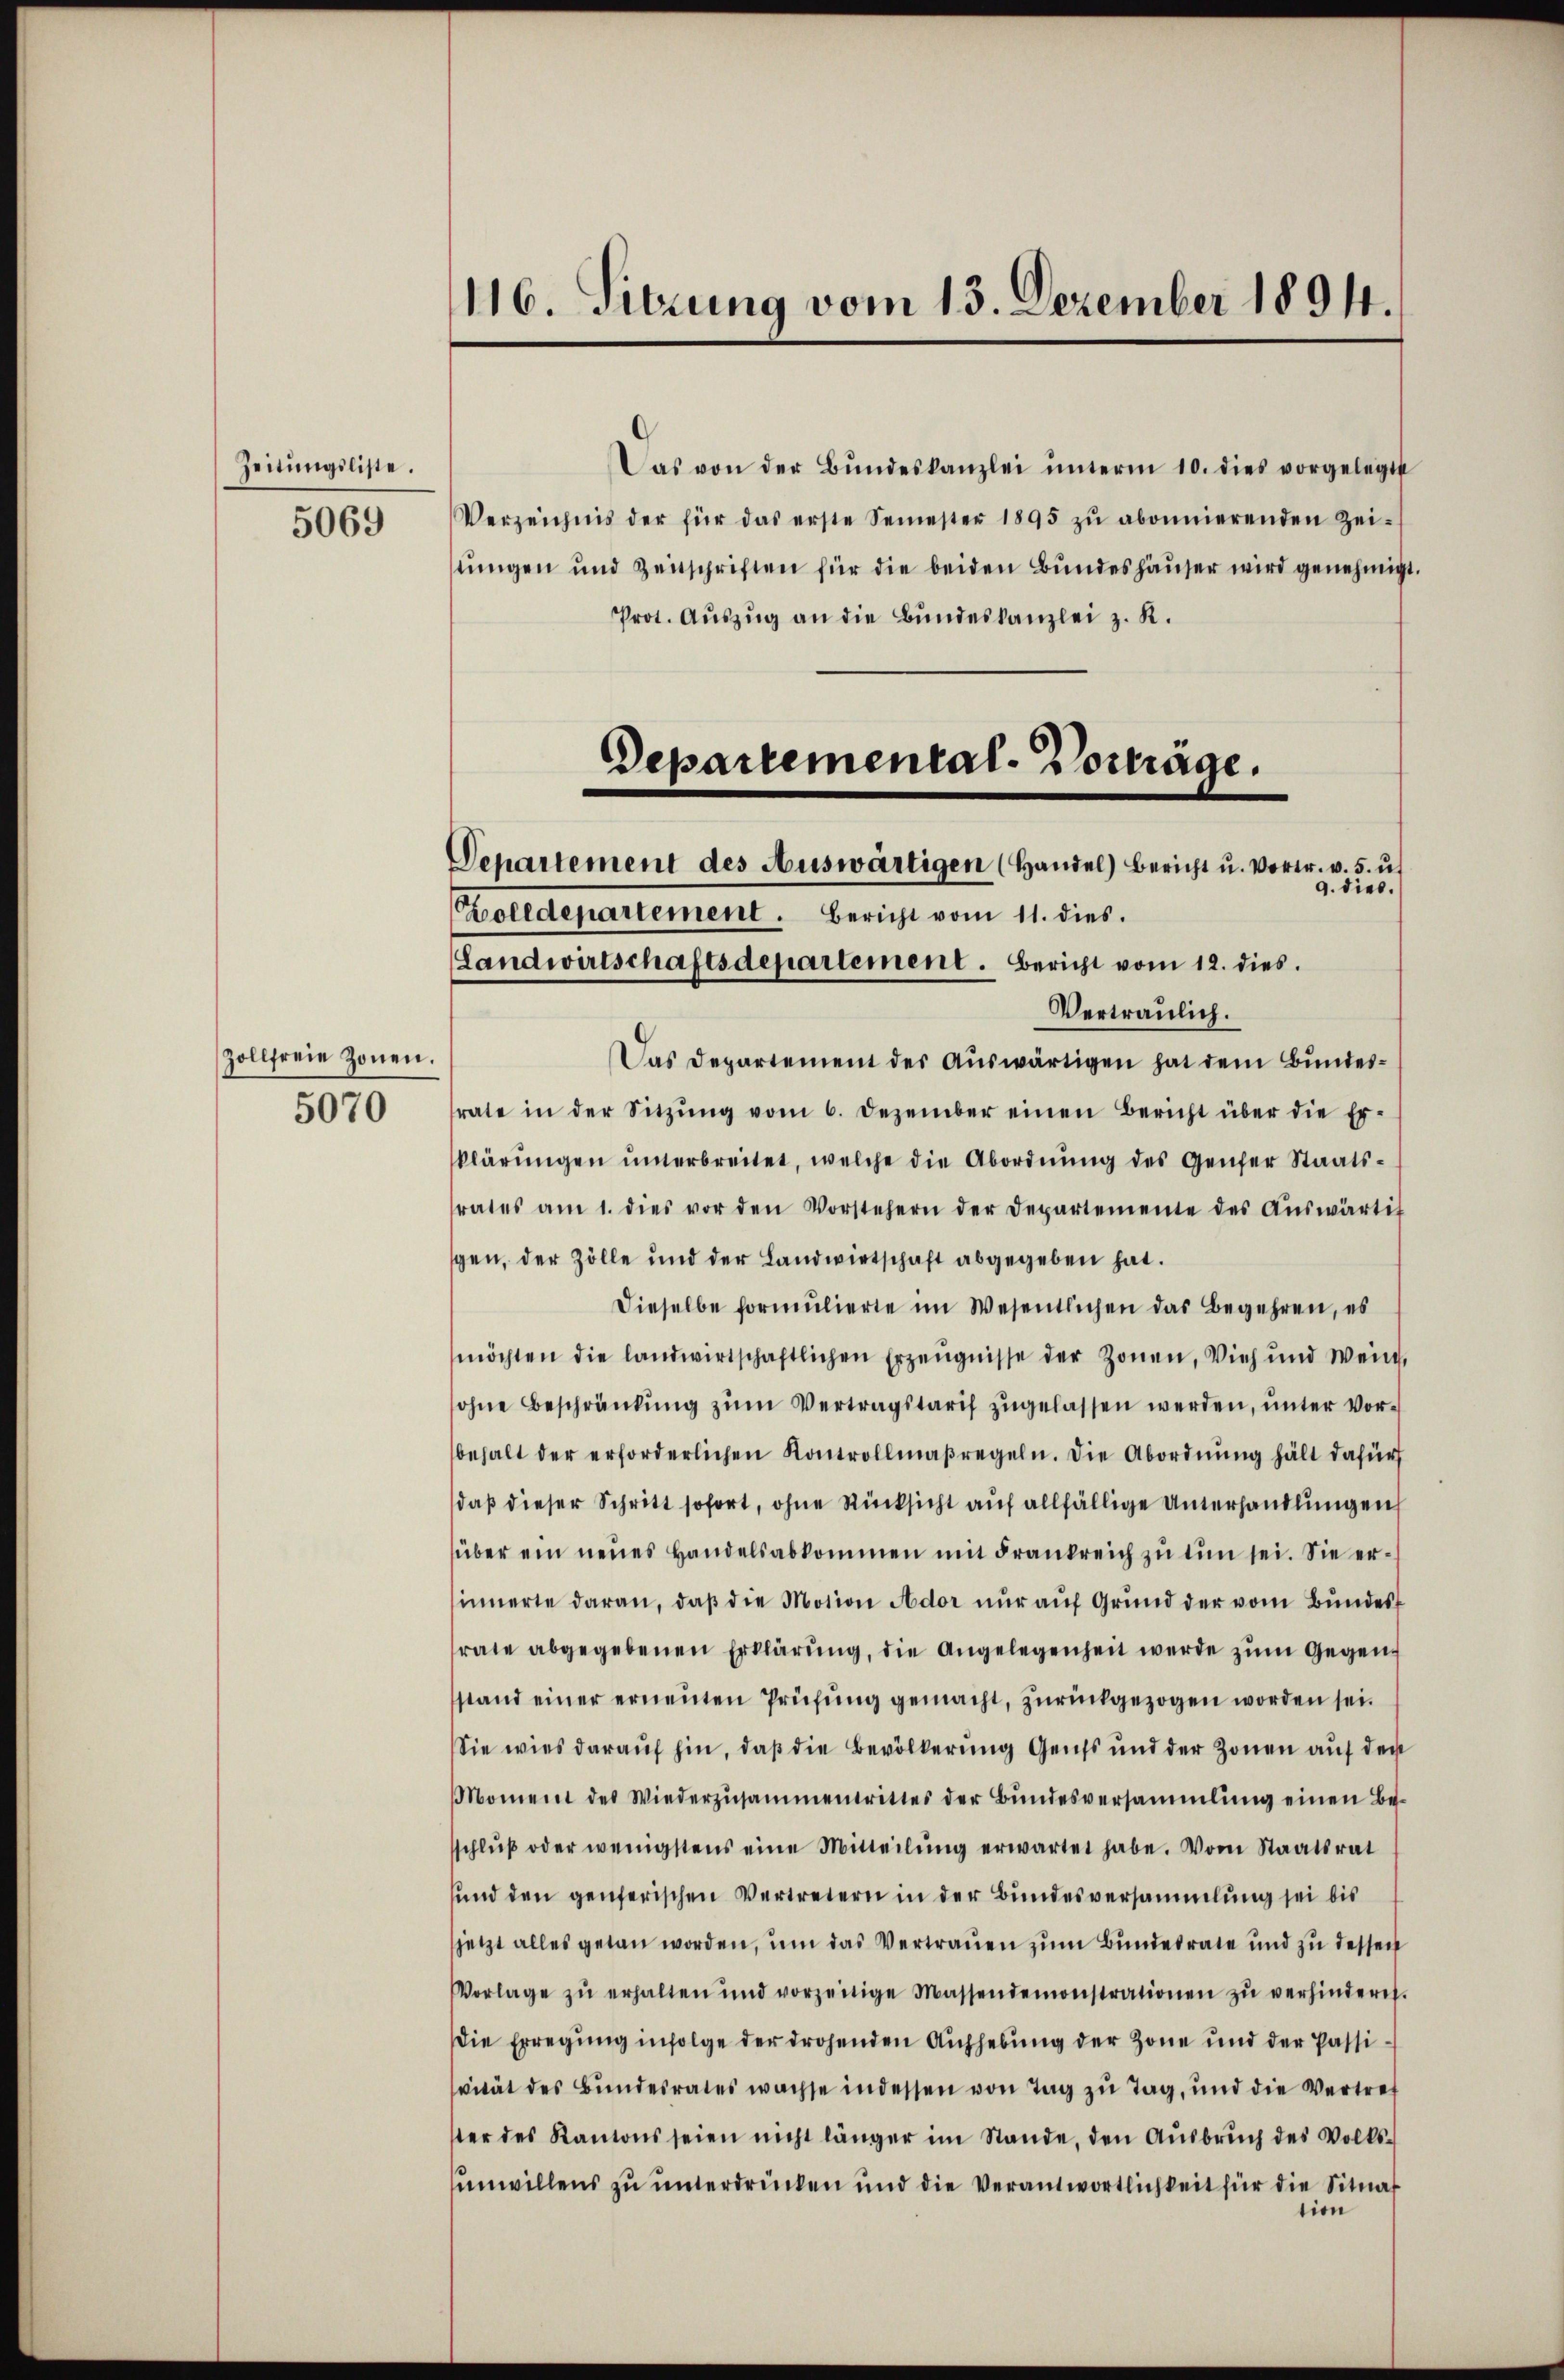
Zeitungsliste.
5069

Zollfreie Zonen.
5070

116. Sitzung vom 13. Dezember 1894.

Das von der Bŭndeskanzlei ŭnterm 10. dies vorgelegt
Verzeichnis der für das erste Semester 1895 zŭ abonnierenden Zei-
stungen und Zeitschriften für die beiden Bundeshäuser wird genehmigt.
Prot. Aŭszŭg an die Bŭndeskanzlei z. R.
Departemental-Vorträge.

Vepartement des Auswärtigen (Handel) Bericht u. Vortr. v. 5. u.
9. dies.
olldepartement. Bericht vom 11. dies.
Landwirtschaftsdepartement. Bericht vom 12. dies
Vertraulich.
Das Departement des Auswärtigen hat dem Bundesrate in der Sitzŭng vom 6. Dezember einen Bericht über die Er-
klärŭngen ŭnterbreitet, welche die Abordnŭng des Genfer Staats-
rates am 1. dies vor den Vorstehern der Departemente des Aŭswärtig
gen, der Zölle und der Landwirtschaft abgegeben hat.
Dieselbe formulierte im Wesentlichen das Begehren, es
möchten die landwirtschaftlichen Erzeugnisse der Zonen, Vieh und Wein,
ohne Beschränkung zum Vertragstarif zugelassen werden, unter Vorbehalt der erforderlichen Kontrollmaβregeln. Die Abordnŭng hält dafür
daβ dieser Schritt sofort, ohne Rücksicht auf allfällige Unterhandlungen
über ein neues Handelsabkommen mit Frankreich zu tun sei. Sie ersinnerte daran, daβ die Motion Ador nur auf Grund der vom Bundes
rate abgegebenen Erklärŭng, die Angelegenheit werde zum Gegenstand einer erneuten Prüfung gemacht, zurückgezogen worden sei.
Sie wies darauf hin, daß die Bevölkerung Geiss und der Zonen auf den
Moment des Wiederzusammentrittes der Bŭndesversammlung einen Be-
schlŭβ oder wenigstens eine Mitteilŭng erwartet habe. Vom Staatsrat
und den genferischen Vertretern in der Bundesversammlung sei bis
jetzt alles getan worden, um das Vertrauen zum Bundesrate und zu dessen
Vorlage zŭ erhalten und vorzeitige Massendemonstrationen zŭ verhindere.
Die Erregung infolge der drohenden Aufhebung der Zone und der Passivität des Bŭndesrates wachse indessen von Tag zu Tag, und die Vertref
ster des Kantons seien nicht länger im Stande, den Aŭsbrŭch des Volks-
unwillens zu unterdrücken und die Verantwortlichkeit für die Situat
tion